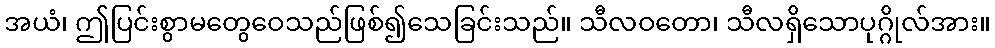
အယံ၊ ဤပြင်းစွာမတွေဝေသည်ဖြစ်၍သေခြင်းသည်။ သီလဝတော၊ သီလရှိသောပုဂ္ဂိုလ်အား။